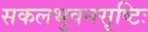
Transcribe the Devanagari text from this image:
सकलभुवनसृष्टिः